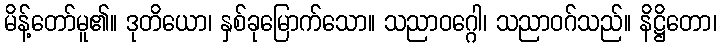
မိန့်တော်မူ၏။ ဒုတိယော၊ နှစ်ခုမြောက်သော။ သညာဝဂ္ဂေါ၊ သညာဝဂ်သည်။ နိဋ္ဌိတော၊